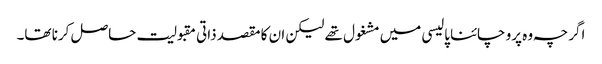
اگرچہ وہ پرو چائنا پالیسی میں مشغول تھے لیکن ان کا مقصد ذاتی مقبولیت حاصل کرنا تھا۔